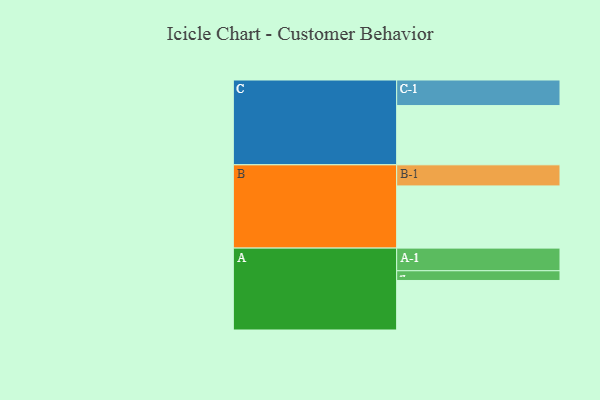
{"axis": {"x": "Segment", "y": "Value"}, "legend": ["", "A", "B", "C"], "data": [{"x": "A", "y": 453, "type": ""}, {"x": "B", "y": 569, "type": ""}, {"x": "C", "y": 542, "type": ""}, {"x": "A-1", "y": 207, "type": "A"}, {"x": "A-2", "y": 89, "type": "A"}, {"x": "B-1", "y": 193, "type": "B"}, {"x": "C-1", "y": 234, "type": "C"}]}